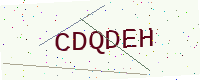
Text: CDQDEH